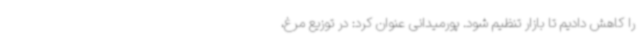
را کاهش دادیم تا بازار تنظیم شود. پورمیدانی عنوان کرد: در توزیع مرغ،